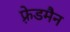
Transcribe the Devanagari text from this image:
फ़्रेडमैन